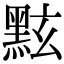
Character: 𪐷